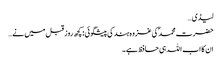
لیڈی…
حضرت محمد ؐ کی غزوہ ہند کی پیشگوئی : کچھ روز قبل میں نے…
ان کا اب اللہ ہی حافظ ہے ۔